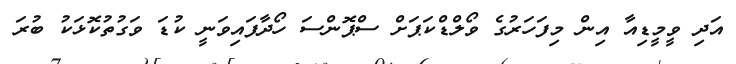
އަދި ވީމީޑިއާ އިން މިފަހަރުގެ ވޯލްޑްކަޕަށް ސްޕޮންސަ ހޯދާފައިވަނީ ކުޑަ ވަގުތުކޮޅަކު ބުރަ